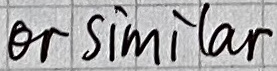
Text: or similar